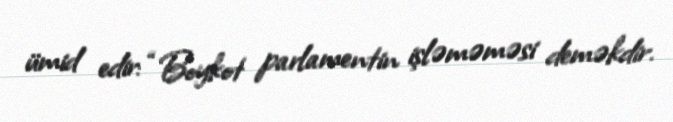
ümid edir: “Boykot parlamentin işləməməsi deməkdir.